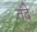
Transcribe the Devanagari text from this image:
तंदे